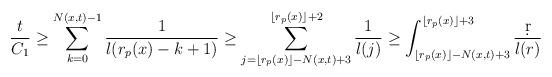
LaTeX: \begin{align*}\frac{t}{C_1}\geq \sum_{k=0}^{N(x,t)-1}\frac{1}{l(r_p(x)-k+1)}\geq \sum_{j=\lfloor r_p(x)\rfloor-N(x,t)+3}^{\lfloor r_p(x)\rfloor +2}\frac{1}{l(j)}\geq \int_{\lfloor r_p(x)\rfloor -N(x,t)+3}^{\lfloor r_p(x)\rfloor +3}\frac{\d r}{l(r)}\end{align*}